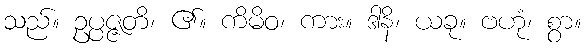
သည်။ ဥပ္ပဇ္ဇတိ၊ ၏။ ကိမိဝ၊ ကား။ ဒါနိ၊ ယခု။ ဗဟုံ၊ စွာ။